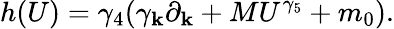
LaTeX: h(U)=\gamma_{4}(\gamma_{\mathbf{k}}\partial_{\mathbf{k}}+MU^{\gamma_{5}}+m_{0}).